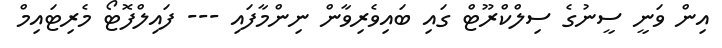
އިން ވަނީ ސީނުގެ ސިލްކްރޫޓް ގައި ބައިވެރިވާން ނިންމާފައި --- ފައިލްފޮޮޓޯ މެރިޓައިމް